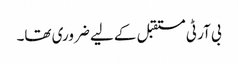
بی آر ٹی مستقبل کے لیے ضروری تھا۔